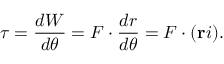
\tau = { \frac { d W } { d \theta } } = F \cdot { \frac { d r } { d \theta } } = F \cdot ( \mathbf { r } i ) .